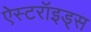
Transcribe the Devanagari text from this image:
ऐस्टरॉइड्स